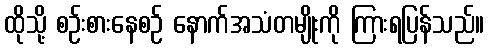
ထိုသို့ စဉ်းစားနေစဉ် နောက်အသံတမျိုးကို ကြားရပြန်သည်။